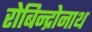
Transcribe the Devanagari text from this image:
रोबिन्द्रोनाथ